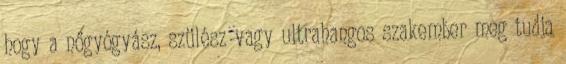
hogy a nőgyógyász, szülész vagy ultrahangos szakember meg tudja